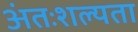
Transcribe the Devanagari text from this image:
अंतःशल्यता